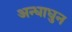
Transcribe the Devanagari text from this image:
अन्धाधुन